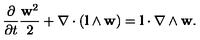
\frac { \partial } { \partial t } \frac { { \bf w } ^ { 2 } } { 2 } + \nabla \cdot ( { \bf l } \wedge { \bf w } ) = { \bf l } \cdot \nabla \wedge { \bf w } .